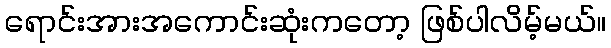
ရောင်းအားအကောင်းဆုံးကတော့ ဖြစ်ပါလိမ့်မယ်။